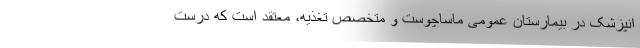
انپزشک در بیمارستان عمومی ماساچوست و متخصص تغذیه، معتقد است که درست